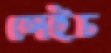
সেইচ